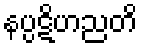
နပ္ပဋိဟညတိ